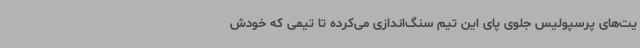
یت‌های پرسپولیس جلوی پای این تیم سنگ‌اندازی می‌کرده تا تیمی که خودش